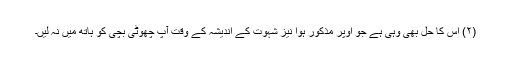
(۲) اس کا حل بھی وہی ہے جو اوپر مذکور ہوا نیز شہوت کے اندیشہ کے وقت آپ چھوٹی بچی کو ہاتھ میں نہ لیں۔